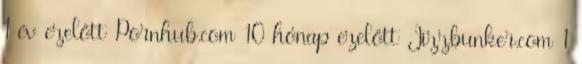
1 év ezelőtt Pornhub.com 10 hónap ezelőtt Jizzbunker.com 1